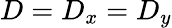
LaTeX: D=D_{x}=D_{y}